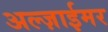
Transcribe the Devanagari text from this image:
अल्ज़ाईमर